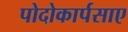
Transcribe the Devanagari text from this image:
पोदोकार्पसाए